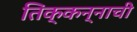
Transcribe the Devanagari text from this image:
तिक्कन्नाची